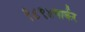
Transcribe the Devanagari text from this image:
१८९४पार्कर